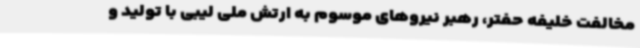
مخالفت خلیفه حفتر، رهبر نیروهای موسوم به ارتش ملی لیبی با تولید و